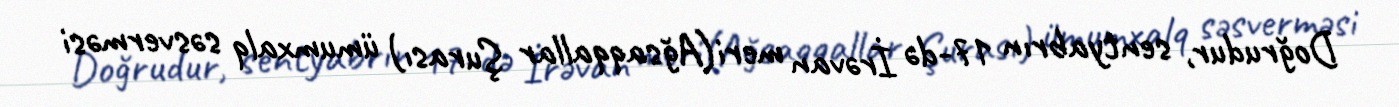
Doğrudur, sentyabrın 17-də İrəvan meri(Ağsaqqallar Şurası) ümumxalq səsverməsi